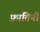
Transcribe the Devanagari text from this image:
फ्रातिनी